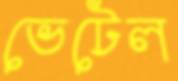
ভেটেল